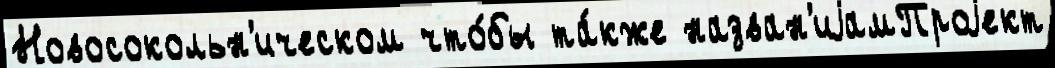
Новосокольн'ическом что́бы та́кже назван'иjамПроjект